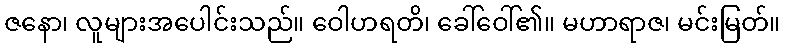
ဇနော၊ လူများအပေါင်းသည်။ ဝေါဟရတိ၊ ခေါ်ဝေါ်၏။ မဟာရာဇ၊ မင်းမြတ်။